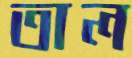
তাল